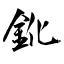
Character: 鈋